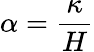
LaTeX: \alpha=\frac{\kappa}{H}